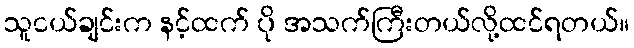
သူငယ်ချင်းက နင့်ထက် ပို အသက်ကြီးတယ်လို့ထင်ရတယ်။